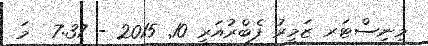
މިނިސްޓަރ ޒަމީރު ފެބްރުއަރީ 10